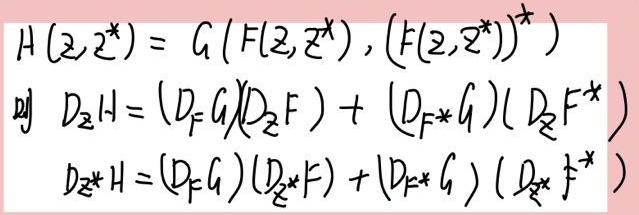
\[
\begin{align*}
H(\mathcal{Z},\mathcal{Z}^{*})&= G\left(F(\mathcal{Z},\mathcal{Z}^{*}),(F(\mathcal{Z},\mathcal{Z}^{*}))^{*}\right)\\
\text{则 }D_{\mathcal{Z}}H&=(D_{F}G)(D_{\mathcal{Z}}F)+(D_{F^{*}}G)(D_{\mathcal{Z}}F^{*})\\
D_{\mathcal{Z}^{*}}H&=(D_{F}G)(D_{\mathcal{Z}^{*}}F)+(D_{F^{*}}G)(D_{\mathcal{Z}^{*}}F^{*})
\end{align*}
\]